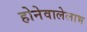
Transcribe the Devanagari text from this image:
होनेवालेलाभ